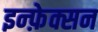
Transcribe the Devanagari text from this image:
इन्फ़ेक्सन